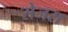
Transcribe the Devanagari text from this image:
सेजरा